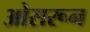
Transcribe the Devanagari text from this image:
ओसरून